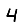
Digit: 4